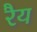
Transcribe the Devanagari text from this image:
रैय